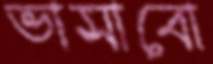
ভাসাবো